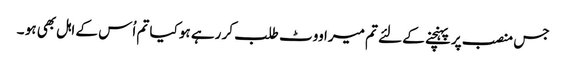
جس منصب پر پہنچنے کے لئے تم میرا ووٹ طلب کر رہے ہو کیا تم اُس کے اہل بھی ہو ۔